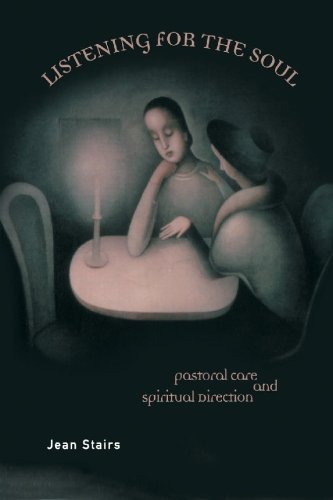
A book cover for Listening for the Soul: Pastoral Care and Spiritual Direction; Jean Stairs; Christian Books & Bibles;